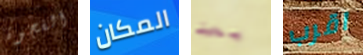
الفجوة المكان بعد اقرب